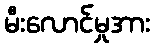
မီးလောင်မှုအား